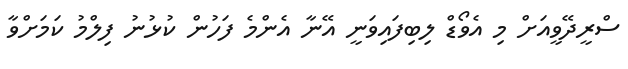
ސްރީދޭވީއަށް މި އެވޯޑް ލިބިފައިވަނީ އޭނާ އެންމެ ފަހުން ކުޅުނު ފިލްމު ކަމަށްވާ